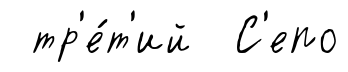
тр'е́т'ий С'епо